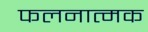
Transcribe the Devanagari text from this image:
फलनात्मक